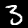
Digit: 3